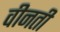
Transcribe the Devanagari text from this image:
वीनती